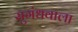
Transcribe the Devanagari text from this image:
सुगंधवाला